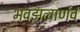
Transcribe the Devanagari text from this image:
भवझलार्णवं